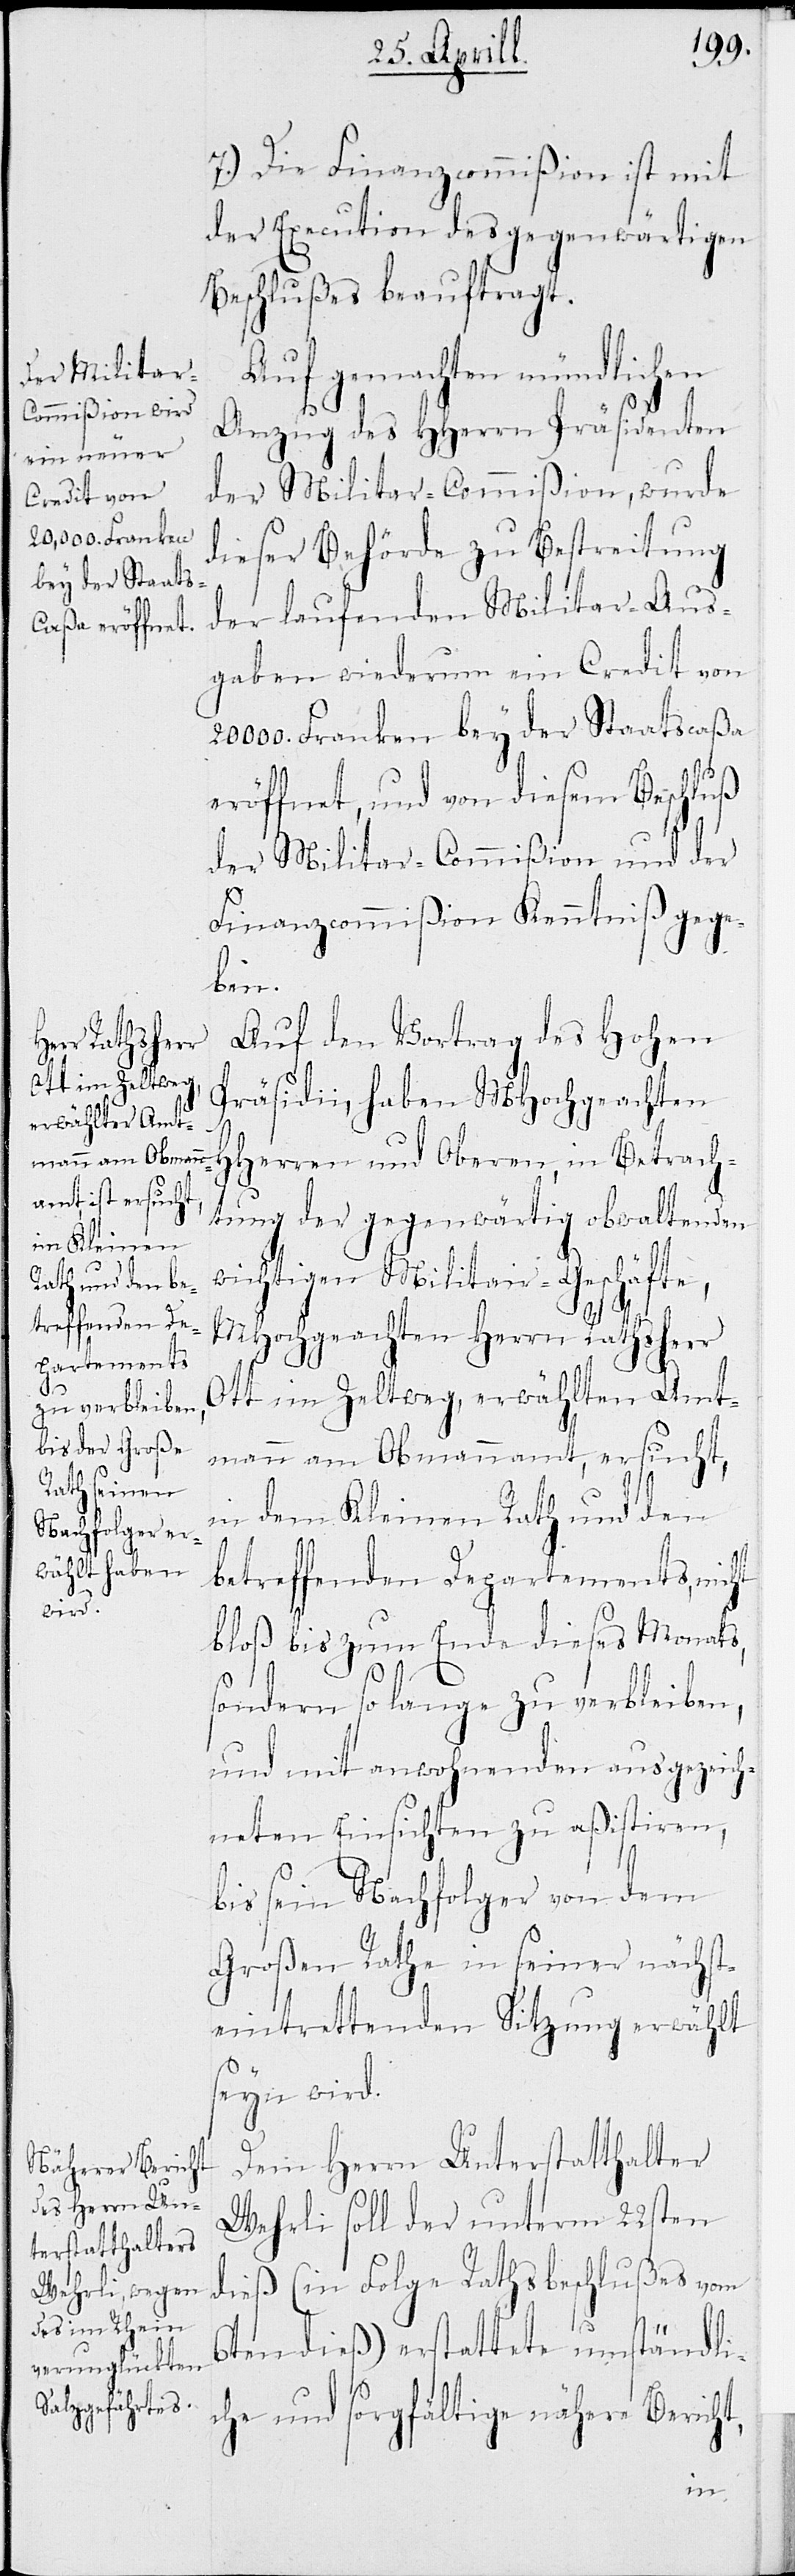
7.) Die Finanzcommißion ist mit
der Execution des gegenwärtigen
Beschlußes beauftragt.
Auf gemachten mündlichen
Anzug des Herrn Präsidenten
der Militar-Commißion, wurde
dieser Behörde zu Bestreitung
der laufenden Militar-Aus¬
gaben wiederum ein Credit von
20000. Franken bey der Staatscaßa
eröffnet, und von diesem Beschluß
der Militar-Commißion und der
Finanzcommißion Kenntniß gege¬
ben.
Auf den Vortrag des Hohen
Präsidii, haben MHochgeachten
HHerren und Oberen, in Betrach¬
tung der gegenwärtig obwaltenden
wichtigen Militair-Geschäfte,
MHochgeachten Herrn Rathsherr
Ott im Zeltweg, erwählten Amt¬
mann am Obmannamt, ersucht,
in dem Kleinen Rath und den
betreffenden Departements, nicht
bloß bis zum Ende dieses Monats,
sondern so lange zu verbleiben,
und mit anwohnenden ausgezeich¬
neten Ansichten zu aßistieren,
bis sein Nachfolger von dem
Großen Rathe in seiner nächst¬
eintrettenden Sitzung erwählt
seyn wird.
Dem Herrn Unterstatthalter
Wehrli soll der unterm 22sten
dieß (in Folge Rathsbeschlußes vom
6ten dieß) erstattete umständli¬
che und sorgfältige nähere Bericht,